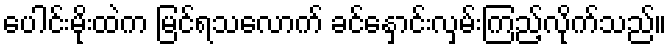
ပေါင်းမိုးထဲက မြင်ရသလောက် ခင်နှောင်းလှမ်းကြည့်လိုက်သည်။